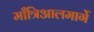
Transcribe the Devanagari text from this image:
माँत्रिआलमार्गे